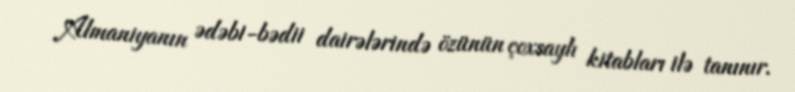
Almaniyanın ədəbi-bədii dairələrində özünün çoxsaylı kitabları ilə tanınır.